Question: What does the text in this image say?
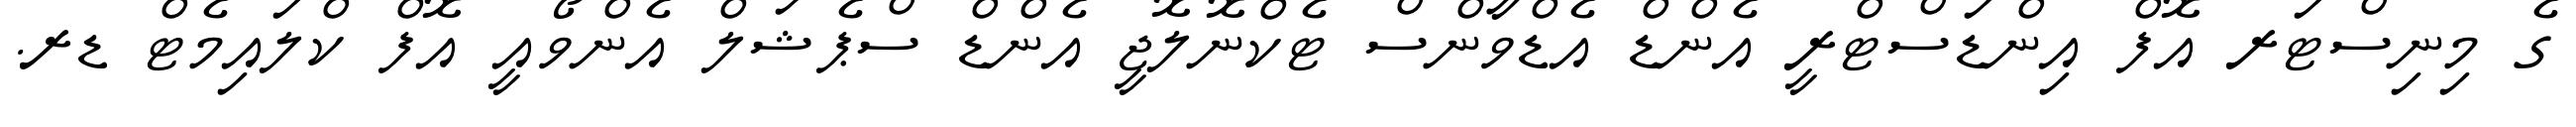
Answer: ގެ މިނިސްޓަރ އޮފް އިންޑަސްޓްރީ އެންޑް އެޑްވާންސް ޓެކްނޮލޮޖީ އެންޑް ސްޕެޝަލް އެންވޯއީ އޮފް ކްލައިމެޓް ޑރ.